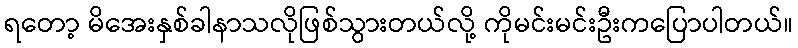
ရတော့ မိအေးနှစ်ခါနာသလိုဖြစ်သွားတယ်လို့ ကိုမင်းမင်းဦးကပြောပါတယ်။